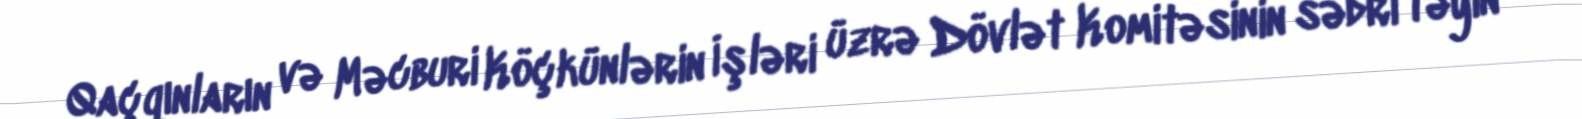
Qaçqınların və Məcburi Köçkünlərin İşləri üzrə Dövlət Komitəsinin sədri təyin